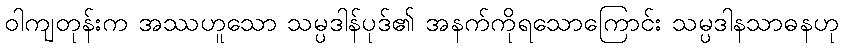
ဝါကျတုန်းက အဿဟူသော သမ္ပဒါန်ပုဒ်၏ အနက်ကိုရသောကြောင်း သမ္ပဒါနသာဓနဟု